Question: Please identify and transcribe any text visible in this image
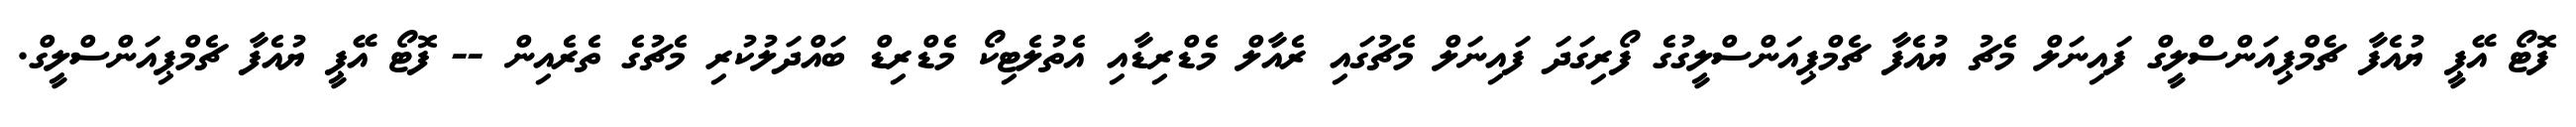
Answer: ފޮޓޯ އޭޕީ ޔުއެފާ ޗެމްޕިއަންސްލީގް ފައިނަލް މެޗު ޔުއެފާ ޗެމްޕިއަންސްލީގުގެ ފޯރިގަދަ ފައިނަލް މެޗުގައި ރެއާލް މެޑްރިޑާއި އެތުލެޓިކޯ މެޑްރިޑް ބައްދަލުކުރި މެޗުގެ ތެރެއިން -- ފޮޓޯ އޭޕީ ޔުއެފާ ޗެމްޕިއަންސްލީގް.